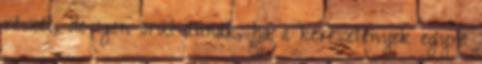
részét, de igen örül annak, ha a keresztények egyre